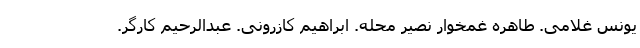
یونس غلامی. طاهره غمخوار نصیر محله. ابراهیم کازرونی. عبدالرحیم کارگر.